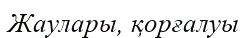
Жаулары, қорғалуы